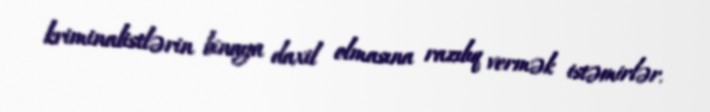
kriminalistlərin binaya daxil olmasına razılıq vermək istəmirlər.